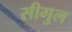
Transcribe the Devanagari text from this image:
सीगुल